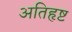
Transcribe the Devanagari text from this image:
अतिहृष्ट